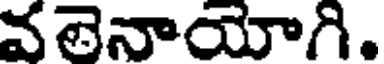
వలెనాయోగి.